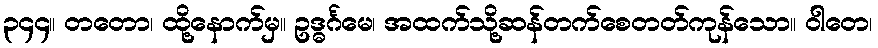
၃၄၄။ တတော၊ ထို့နောက်မှ။ ဥဒ္ဓင်္ဂမေ၊ အထက်သို့ဆန်တက်စေတတ်ကုန်သော။ ဝါတေ၊